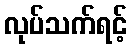
လုပ်သက်ရင့်